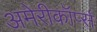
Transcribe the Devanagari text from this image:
अमेरीकॉर्प्स